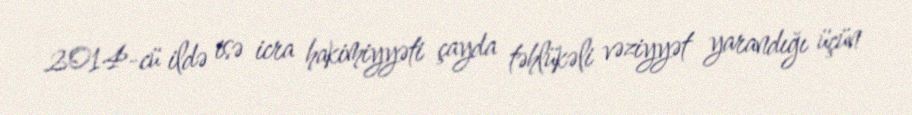
2014-cü ildə isə icra hakimiyyəti çayda təhlükəli vəziyyət yarandığı üçün